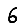
Digit: 6